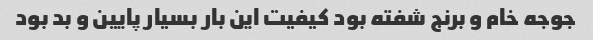
جوجه خام و برنج شفته بود کیفیت این بار بسیار پایین و بد بود